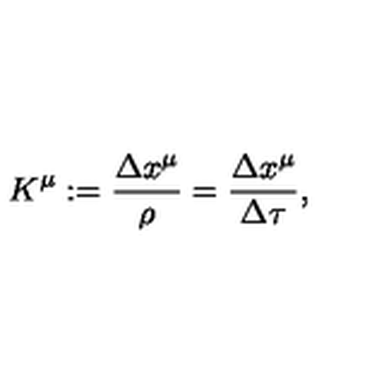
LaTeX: K ^ { \mu } : = \frac { \Delta x ^ { \mu } } { \rho } = \frac { \Delta x ^ { \mu } } { \Delta \tau } ,